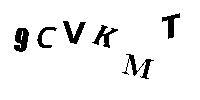
9CVKMT